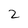
Character: 2